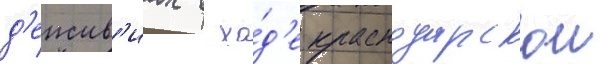
д'еиств'иах в хо́д'е краснодарскои